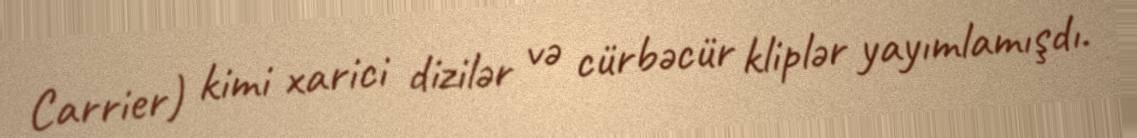
Carrier) kimi xarici dizilər və cürbəcür kliplər yayımlamışdı.